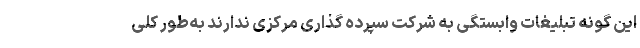
این گونه تبلیغات وابستگی به شرکت سپرده گذاری مرکزی ندارند به‌طور کلی